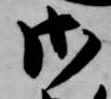
御